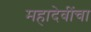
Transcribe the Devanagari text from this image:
महादेवींचा